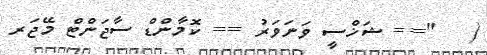
(   "== ޝަޚްސީ ވަނަވަރު == ކޮމާންޑް ސާޖަންޓް މޭޖަރ